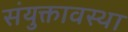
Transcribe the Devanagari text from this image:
संयुक्तावस्था